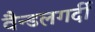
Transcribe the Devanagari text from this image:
वैन्डलगर्दी